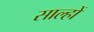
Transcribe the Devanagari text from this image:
साल्हों